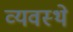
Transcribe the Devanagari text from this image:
व्यवस्थे